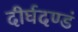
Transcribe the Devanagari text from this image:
दीर्घदण्डं